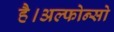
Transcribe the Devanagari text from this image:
है।अल्फोन्सो